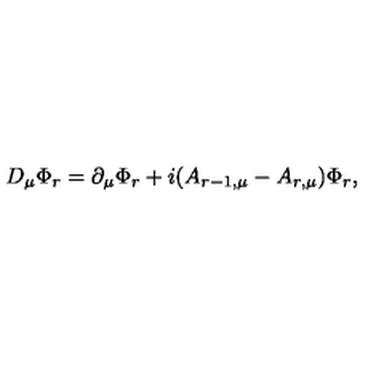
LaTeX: D _ { \mu } \Phi _ { r } = \partial _ { \mu } \Phi _ { r } + i ( A _ { r - 1 , \mu } - A _ { r , \mu } ) \Phi _ { r } ,